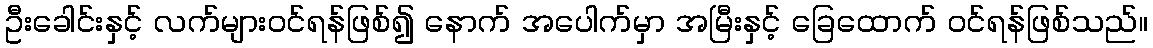
ဦးခေါင်းနှင့် လက်များဝင်ရန်ဖြစ်၍ နောက် အပေါက်မှာ အမြီးနှင့် ခြေထောက် ဝင်ရန်ဖြစ်သည်။